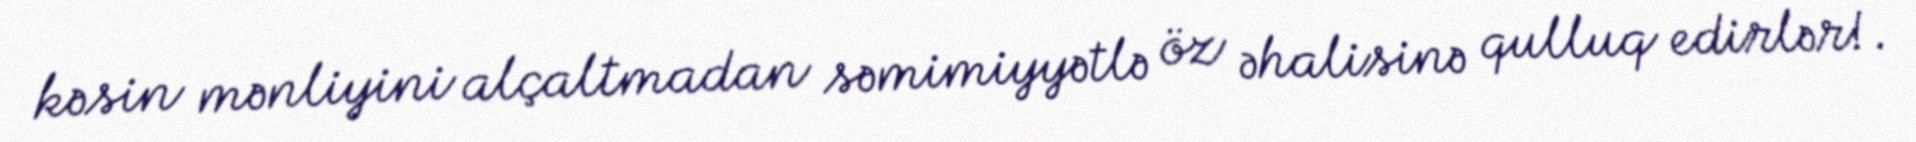
kəsin mənliyini alçaltmadan səmimiyyətlə öz əhalisinə qulluq edirlər!.